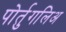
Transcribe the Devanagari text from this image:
पोर्तुगलिअ